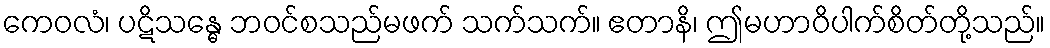
ကေဝလံ၊ ပဋိသန္ဓေ ဘဝင်စသည်မဖက် သက်သက်။ ဧတာနိ၊ ဤမဟာဝိပါက်စိတ်တို့သည်။